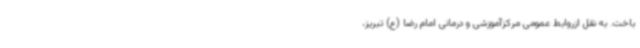
باخت. به نقل ازروابط عمومی مرکزآموزشی و درمانی امام رضا (ع) تبریز،